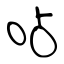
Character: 呫